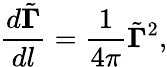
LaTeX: \frac{d\tilde{\mathbf{\Gamma}}}{dl}=\frac{1}{4\pi}\tilde{\mathbf{\Gamma}}^{2},